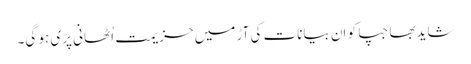
شایدبھاجپا کو اِن بیانات کی آڑ میں حزیمت اُٹھانی پڑی ہو گی۔